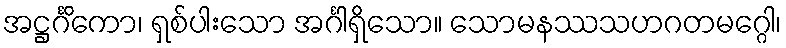
အဋ္ဌင်္ဂိကော၊ ရှစ်ပါးသော အင်္ဂါရှိသော။ သောမနဿသဟဂတမဂ္ဂေါ၊